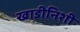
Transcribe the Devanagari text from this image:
खाडीनिशी